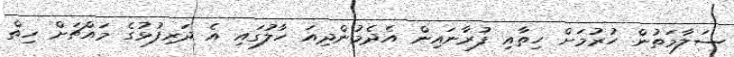
ސަލާމަތުން ހުރުމަށް ހިތާއި ފުރާނައިން އެދެމުންދިއަ ހާލުގައި އެ ދަރިފުޅުގެ މައްޗަށް ހިތް